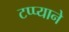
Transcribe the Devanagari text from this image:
टप्प्याने